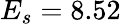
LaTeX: E_{s}=8.52\